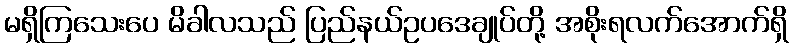
မရှိကြသေးပေ မိခါလသည် ပြည်နယ်ဥပဒေချုပ်တို့ အစိုးရလက်အောက်ရှိ